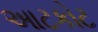
આટકોટ